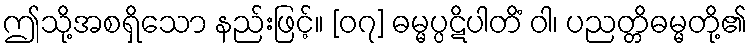
ဤသို့အစရှိသော နည်းဖြင့်။ [၀၇] ဓမ္မပ္ပဋိပါတိံ ဝါ၊ ပညတ္တိဓမ္မတို့၏